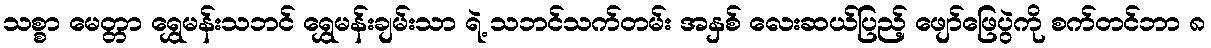
သစ္စာ မေတ္တာ ရွှေမန်းသဘင် ရွှေမန်းချမ်းသာ ရဲ့ သဘင်သက်တမ်း အနှစ် လေးဆယ်ပြည့် ဖျော်ဖြေပွဲကို စက်တင်ဘာ ၈